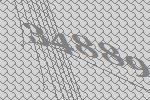
34889